Report of the Imperial Institute of Veterinary Research, Muktesar
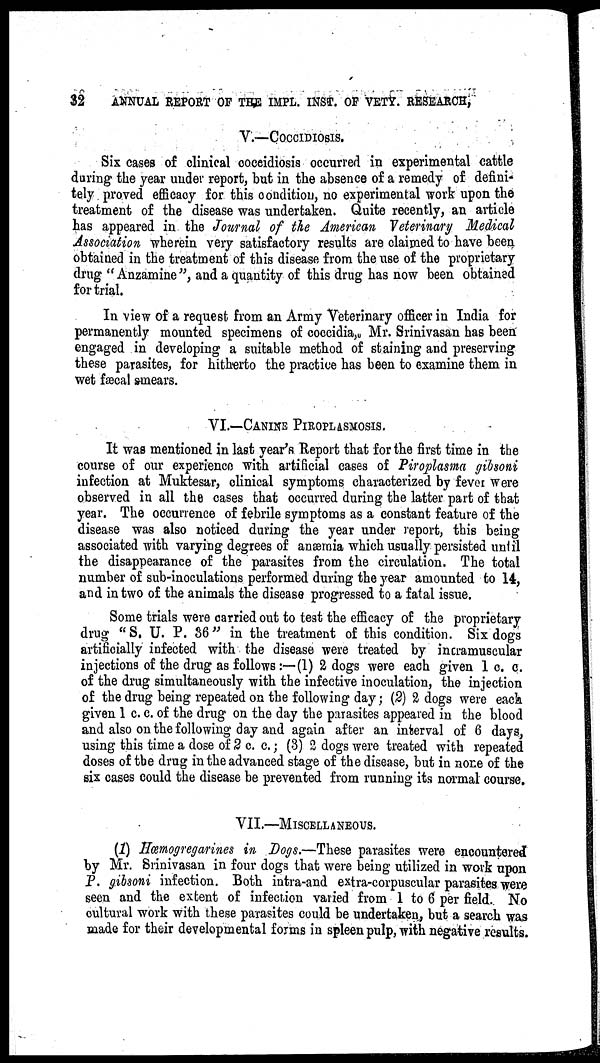
32
ANNUAL REPORT OF THE IMPL. INST. OF VETY. RESEARCH,
V.—COCCIDIOSIS.
Six cases of clinical coceidiosis occurred in experimental cattle
during the year under report, but in the absence of a remedy of defini-
tely proved efficacy for this condition, no experimental work upon the
treatment of the disease was undertaken. Quite recently, an article
has appeared in the Journal of the American Veterinary Medical
Association wherein very satisfactory results are claimed to have been
obtained in the treatment of this disease from the use of the proprietary
drug "Anzamine", and a quantity of this drug has now been obtained
for trial.
In view of a request from an Army Veterinary officer in India for
permanently mounted specimens of coccidia, Mr. Srinivasan has been
engaged in developing a suitable method of staining and preserving
these parasites, for hitherto the practice has been to examine them in
wet fæcal smears.
VI.—CANINE PIROPLASMOSIS.
It was mentioned in last year's Report that for the first time in the
course of our experience with artificial cases of Piroplasma gibsoni
infection at Muktesar, clinical symptoms characterized by fever were
observed in all the cases that occurred during the latter part of that
year. The occurrence of febrile symptoms as a constant feature of the
disease was also noticed during the year under report, this being
associated with varying degrees of anæmia which usually persisted until
the disappearance of the parasites from the circulation. The total
number of sub-inoculations performed during the year amounted to 14,
and in two of the animals the disease progressed to a fatal issue.
Some trials were carried out to test the efficacy of the proprietary
drug "S. U. P. 36" in the treatment of this condition. Six dogs
artificially infected with the disease were treated by incramuscular
injections of the drug as follows :— (1) 2 dogs were each given 1 c. c.
of the drug simultaneously with the infective inoculation, the injection
of the drug being repeated on the following day; (2) 2 dogs were each
given 1 c. c. of the drug on the day the parasites appeared in the blood
and also on the following day and again after an interval of 6 days,
using this time a dose of 2 c. c.; (3) 2 dogs were treated with repeated
doses of the drug in the advanced stage of the disease, but in none of the
six cases could the disease be prevented from running its normal course.
VII.—MISCELLANEOUS.
(1) Hœmogregarines in Dogs.—These parasites were encountered
by Mr. Srinivasan in four dogs that were being utilized in work upon
P. gibsoni infection. Both intra-and extra-corpuscular parasites were
seen and the extent of infection varied from 1 to 6 per field. No
cultural work with these parasites could be undertaken, but a search was
made for their developmental forms in spleen pulp, with negative results.